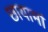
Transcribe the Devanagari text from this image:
छायामां